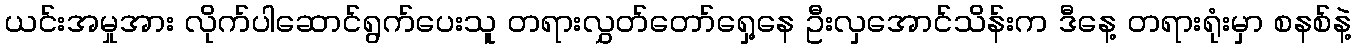
ယင်းအမှုအား လိုက်ပါဆောင်ရွက်ပေးသူ တရားလွှတ်တော်ရှေ့နေ ဦးလှအောင်သိန်းက ဒီနေ့ တရားရုံးမှာ စနစ်နဲ့